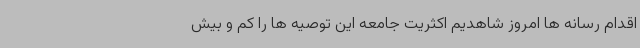
اقدام رسانه ها امروز شاهدیم اکثریت جامعه این توصیه ها را کم و بیش